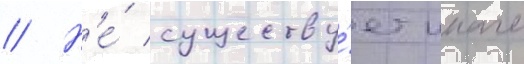
// Н'е́ существу́ет иначе